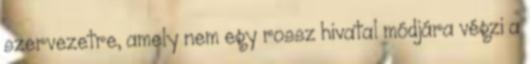
szervezetre, amely nem egy rossz hivatal módjára végzi a